Punjab Mental Hospital Lahore 1922-31 - 1922-1931
Year: 1922
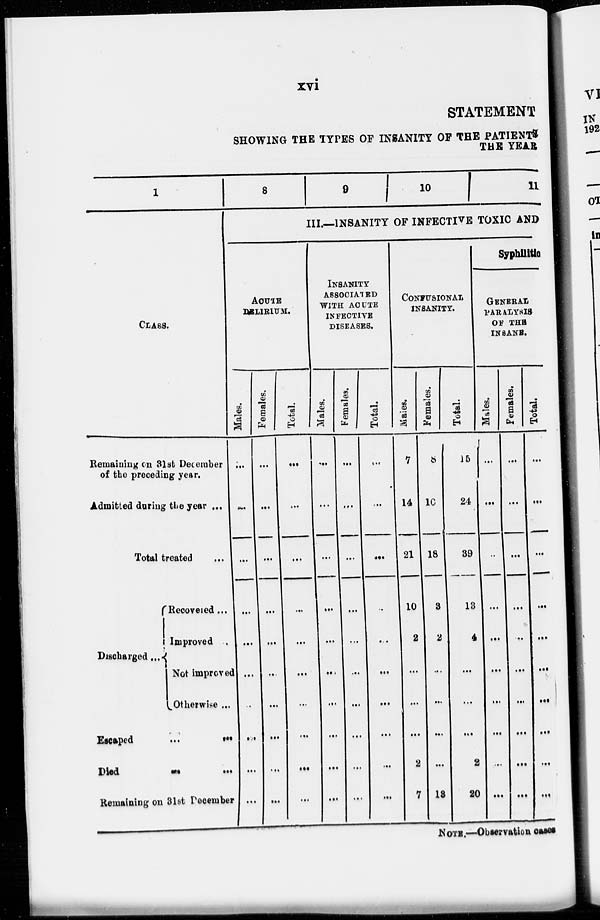
xvi
STATEMENT
SHOWING THE TYPES OF INSANITY OF THE PATIENTS
THE YEAR
1
CLASS.
Remaining on 31st December
of the preceding year.
Admitted during the year ...
Total treated ...
Discharged ...
Recovered ...
Improved ...
Not improved
Otherwise ...
Escaped
...
...
Died
...
...
Remaining on 31st December
8
9
10
11
III.—INSANITY OF INFECTIVE TOXIC AND
ACUTE
DELIRIUM.
Males.
...
...
...
...
...
...
...
...
...
...
Females.
...
...
...
...
...
...
...
...
...
...
Total.
...
...
...
...
...
...
...
...
...
...
INSANITY
ASSOCIATED
WITH ACUTE
INFECTIVE
DISEASES.
Males.
...
...
...
...
...
...
...
...
...
...
Females.
...
...
...
...
...
...
...
...
...
...
Total.
...
...
...
...
...
...
...
...
...
...
CONFUSIONAL
INSANITY.
Males.
7
14
21
10
2
...
...
...
2
7
Females.
8
10
18
3
2
...
...
...
...
13
Total.
15
24
89
13
4
...
...
...
2
20
Syphilitic
GENERAL
PARALYSIS
OF THE
INSANE.
Males.
...
...
...
...
...
...
...
...
....
...
Females.
...
...
...
...
...
...
...
...
...
Total.
...
...
...
...
...
...
...
...
...
...
NOTE.—Observation cases